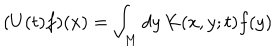
LaTeX: ( U ( t ) f ) ( x ) = \int _ { M } d y \, K ( x , y ; t ) f ( y )